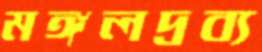
মঙ্গলদ্রব্য